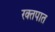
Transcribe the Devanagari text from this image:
रक्‍तपात